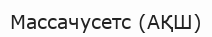
Массачусетс (АҚШ)